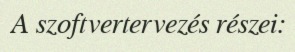
A szoftvertervezés részei: